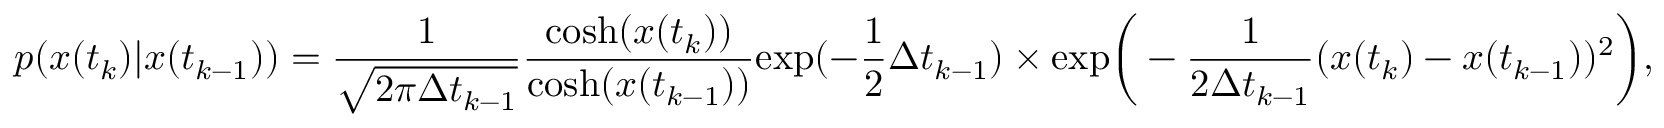
p ( x ( t _ { k } ) | x ( t _ { k - 1 } ) ) = \frac { 1 } { \sqrt { 2 \pi \Delta t _ { k - 1 } } } \frac { \mathrm { c o s h } ( x ( t _ { k } ) ) } { \mathrm { c o s h } ( x ( t _ { k - 1 } ) ) } \mathrm { e x p } ( - \frac { 1 } { 2 } \Delta t _ { k - 1 } ) \times \mathrm { e x p } \bigg ( - \frac { 1 } { 2 \Delta t _ { k - 1 } } ( x ( t _ { k } ) - x ( t _ { k - 1 } ) ) ^ { 2 } \bigg ) ,